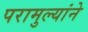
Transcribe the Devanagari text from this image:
परामुल्यांने